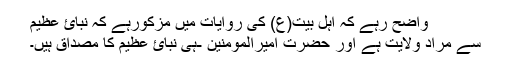
واضح رہے کہ اہل بیت(ع) کی روایات میں مزکورہے کہ نبائ عظیم
سے مراد ولایت ہے اور حضرت امیرالمومنین -ہی نبائ عظیم کا مصداق ہیں۔